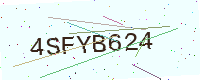
Text: 4SFYB624